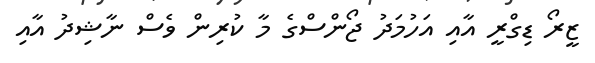
ޒީރޯ ޑިގްރީ އާއި އަހުމަދު ޖޯންސްގެ މާ ކުރިން ވެސް ނާޝިދު އާއި